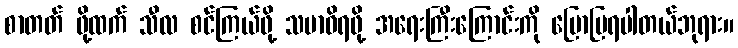
စာတတ် ဖို့ထက် သီလ စင်ကြယ်ဖို့ သမာဓိရဖို့ အရေးကြီးကြောင်းကို ပြောပြရပါတယ်ဘုရား။